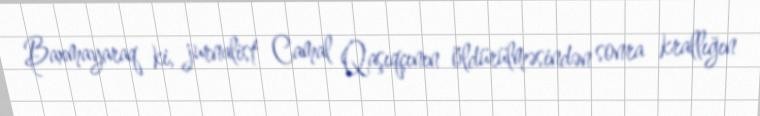
Baxmayaraq ki, jurnalist Camal Qaşıqçının öldürülməsindən sonra krallığın